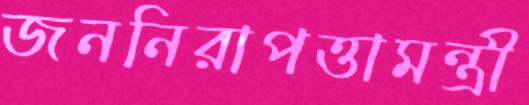
জননিরাপত্তামন্ত্রী